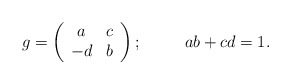
\begin{align*}g=\left( \begin{array}{cc} a & c \\-d & b \end{array}\right) ;\;\;\;\;\;\;\;\;\ ab+cd=1.\end{align*}